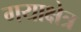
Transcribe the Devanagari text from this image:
गयाक्षेत्र